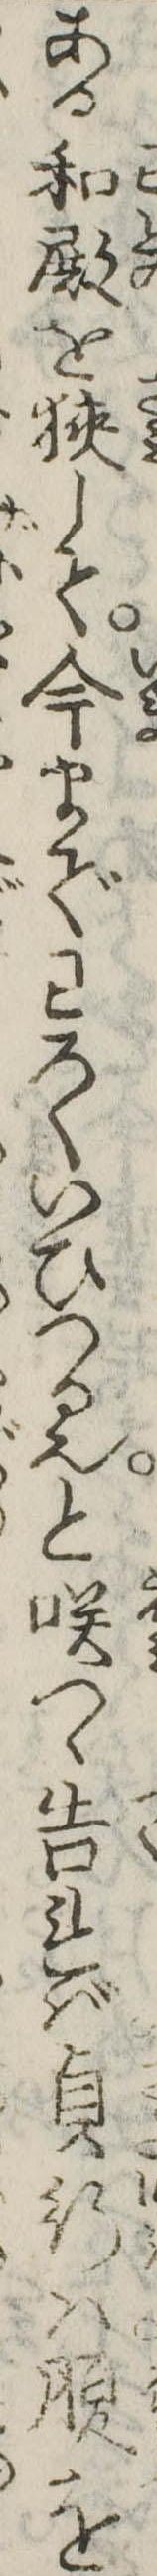
ある和殿を狭して今までわろくいひつる也と咲つゝ告れば貞行は腹を